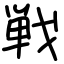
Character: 戦